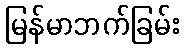
မြန်မာဘက်ခြမ်း